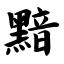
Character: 黯